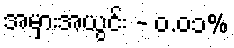
အမှားအယွင်း - ၀.၀၁%